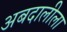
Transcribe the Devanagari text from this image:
अबदालीला